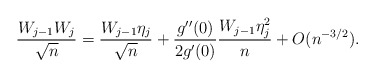
\begin{align*}\frac{ W_{ j - 1 } W_j }{ \sqrt{n} } = \frac{ W_{ j -1 } \eta_j }{ \sqrt{n} }+ \frac{ g^{\prime \prime } (0) }{ 2 g^\prime ( 0 ) } \frac{ W_{ j -1 } \eta_j^2 }{ n } + O ( n^{ - 3/2 } ) .\end{align*}